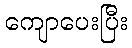
ကျောပေးပြီး